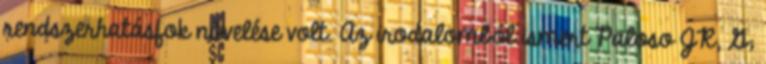
rendszerhatásfok növelése volt. Az irodalomból ismert Paloso JR, G;